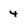
Character: 4